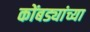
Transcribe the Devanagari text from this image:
कोंबड्यांच्या